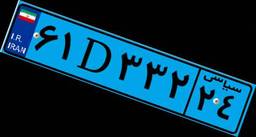
۶۱D۳۳۲۲۴